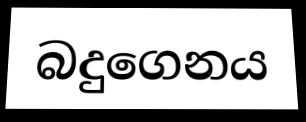
බදුගෙනය